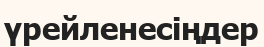
үрейленесіңдер